Senior Leaving Certificate Examination (including Day School Certificate (Higher) General paper), 1946
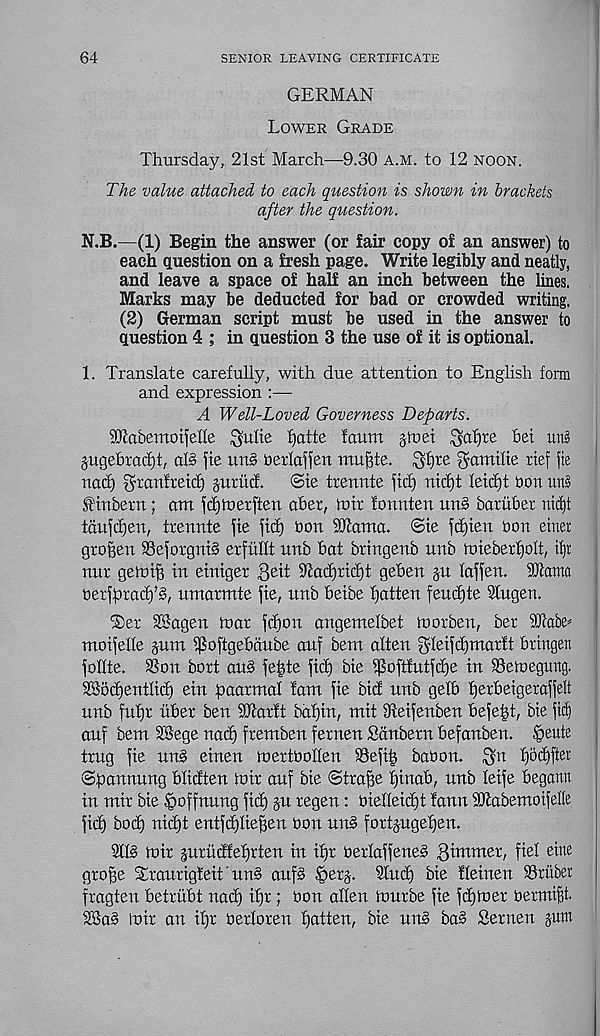
64
SENIOR LEAVING CERTIFICATE
GERMAN
Lower Grade
Thursday, 21st March—9.30 a.m. to 12 noon.
The value attached to each question is shown in brackets
after the question.
N.B.—(1) Begin the answer (or fair copy of an answer) to
each question on a fresh page. Write legibly and neatly,
and leave a space of half an inch between the lines.
Marks may be deducted for bad or crowded writing.
(2) German script must be used in the answer to
question 4 ; in question 3 the use of it is optional.
1. Translate carefully, with due attention to English form
and expression :—
A Well-Loved Governess Departs.
STabemotjelle $ulte fjatte faum jtuei $af)te bet uns
pgebradjt, al§ fie un§ nerfaffen muftte. $£)re gamilte rtef jte
nod) granfretd) juntd.
©te trennte jtd) nid)t feidjt bon un§
f tnbern; am fd)ft>etften ober, luir fonnten un§ boriiber ni(f)t
tdu|d)en, trennte fie fid) bon 9Toma. ©ie fdjien bon enter
grofeen $8eforgni3 erfulft nnb bat bringenb unb tnieberfjolt, il)r
nur geln iff in einiger Beit 9iad)tid)t geben gu foffen. s 3Jtama
berfprad)^, nmarmte fie, unb beibe fatten feudjte Sfugen.
SSagen toar fdton angemelbet toorben, ber Wak*
moifelle junt ^oftgebdube auf bent often gfeifdjmorft bringeti
foffte. 3Son bort au§ fe^te fid) bie i)Sofffutfd)e in 93etneguttg.
SSodjentfid) ein paormof font fie bid unb gelb fjerbeigeraffelt
unb fufjr ttber ben SKarlt bofjin, mit dteifenben befe|t, bie fid)
auf bent SSege nod) frentben fernen Sdnbetn befonben. petite
trug fie un§ einen inertbollen 93efi^ bobon. gn f)5d)fter
©ponnung bfidten inir ouf bie ©traffe f)inob, unb feife begamt
in mir bie £>offnung fid) ju regen: bieffeidjt fonn iOtobemoifefle
fic^ bod) nidjt entfdjfie^en bon un§ fortjugefjen.
9lf§ U)ir juritdfefjrten in if)r berfoffene§ B^tmer, fief eine
groge Srourigteit'unS ouf§ §et§. Stud) bie ffeinen SSruber
frogten betriibt nod) if)r; bon alien tnurbe fie fdjtoer bermift.
dSas luir on ifjr berforen gotten, bie tins boO Semen pm